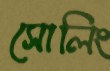
সোলিং